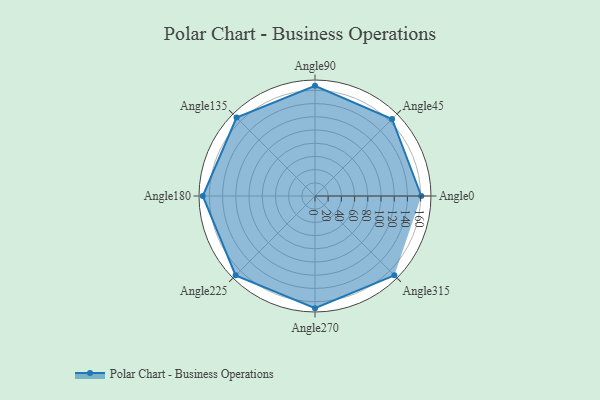
{"axis": {"x": "Angle", "y": "Radius"}, "legend": [""], "data": [{"x": "Angle0", "y": 161.0, "type": ""}, {"x": "Angle45", "y": 165.0, "type": ""}, {"x": "Angle90", "y": 167.0, "type": ""}, {"x": "Angle135", "y": 168.0, "type": ""}, {"x": "Angle180", "y": 170, "type": ""}, {"x": "Angle225", "y": 170, "type": ""}, {"x": "Angle270", "y": 170, "type": ""}, {"x": "Angle315", "y": 170, "type": ""}]}